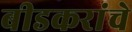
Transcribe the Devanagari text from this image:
बीडकरांचे